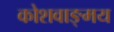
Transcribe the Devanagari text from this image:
कोशवाङ्मय